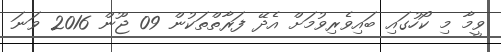
ވީމާ މި ކޯހުގައި ބައިވެރިވުމަށް އެދޭ ފަރާތްތަކުން 09 ޖޫން 2016 ވަނަ